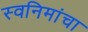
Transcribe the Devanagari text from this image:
स्वनिमांचा